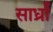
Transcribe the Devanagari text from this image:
सार्ध्रां